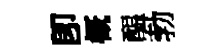
卽概醖勃